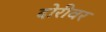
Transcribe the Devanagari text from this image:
दोरीवर